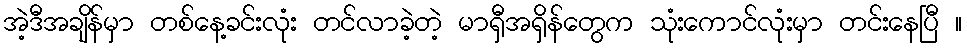
အဲ့ဒီအချိန်မှာ တစ်နေ့ခင်းလုံး တင်လာခဲ့တဲ့ မာရှီအရှိန်တွေက သုံးကောင်လုံးမှာ တင်းနေပြီ ။